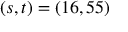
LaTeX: ( s , t ) = ( 1 6 , 5 5 )